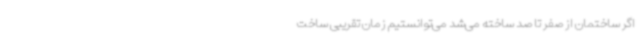
اگر ساختمان از صفر تا صد ساخته می‌شد می‌توانستیم زمان تقریبی ساخت